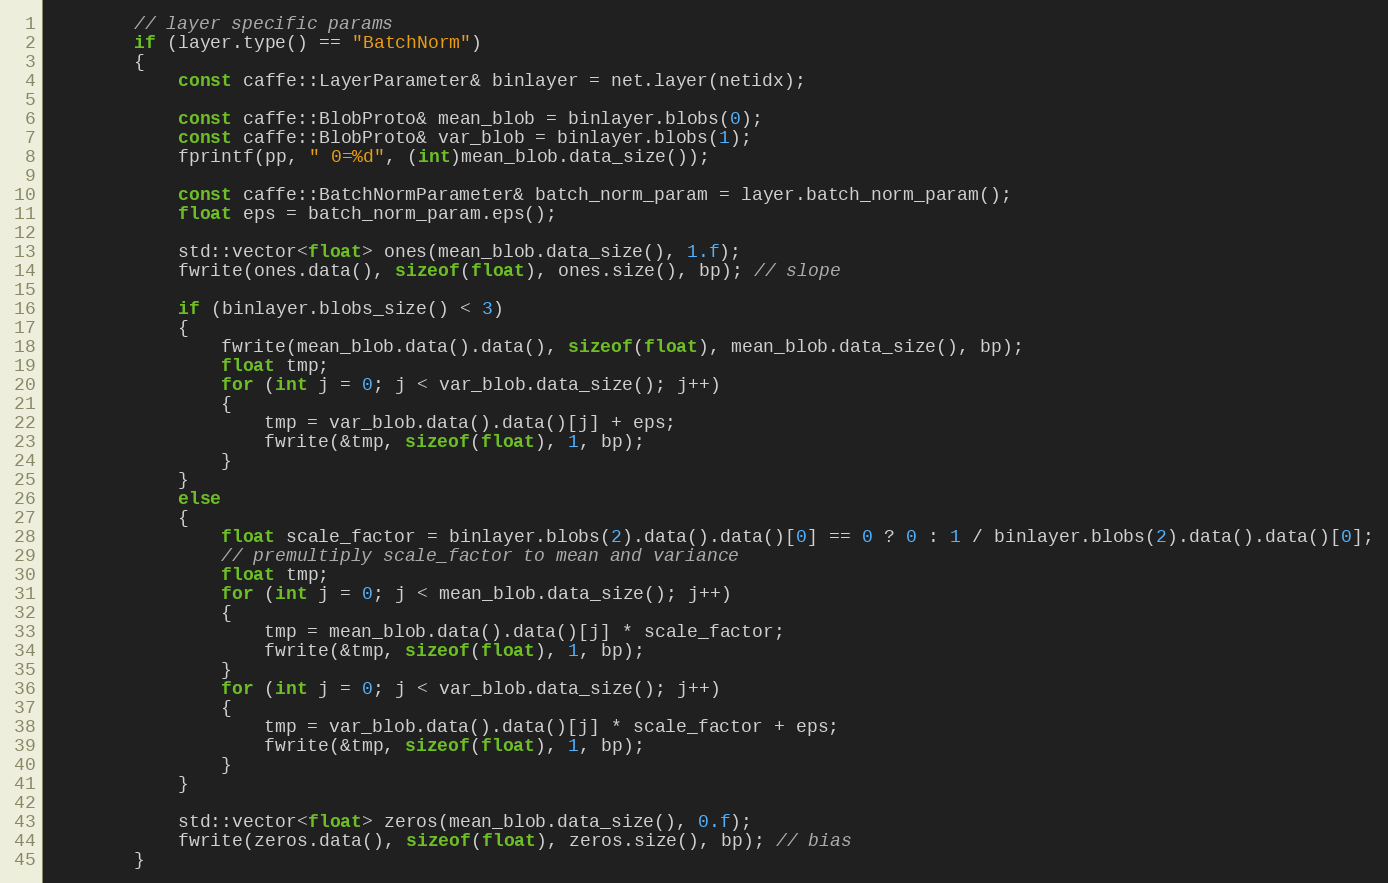
Language: C++
        // layer specific params
        if (layer.type() == "BatchNorm")
        {
            const caffe::LayerParameter& binlayer = net.layer(netidx);

            const caffe::BlobProto& mean_blob = binlayer.blobs(0);
            const caffe::BlobProto& var_blob = binlayer.blobs(1);
            fprintf(pp, " 0=%d", (int)mean_blob.data_size());

            const caffe::BatchNormParameter& batch_norm_param = layer.batch_norm_param();
            float eps = batch_norm_param.eps();

            std::vector<float> ones(mean_blob.data_size(), 1.f);
            fwrite(ones.data(), sizeof(float), ones.size(), bp); // slope

            if (binlayer.blobs_size() < 3)
            {
                fwrite(mean_blob.data().data(), sizeof(float), mean_blob.data_size(), bp);
                float tmp;
                for (int j = 0; j < var_blob.data_size(); j++)
                {
                    tmp = var_blob.data().data()[j] + eps;
                    fwrite(&tmp, sizeof(float), 1, bp);
                }
            }
            else
            {
                float scale_factor = binlayer.blobs(2).data().data()[0] == 0 ? 0 : 1 / binlayer.blobs(2).data().data()[0];
                // premultiply scale_factor to mean and variance
                float tmp;
                for (int j = 0; j < mean_blob.data_size(); j++)
                {
                    tmp = mean_blob.data().data()[j] * scale_factor;
                    fwrite(&tmp, sizeof(float), 1, bp);
                }
                for (int j = 0; j < var_blob.data_size(); j++)
                {
                    tmp = var_blob.data().data()[j] * scale_factor + eps;
                    fwrite(&tmp, sizeof(float), 1, bp);
                }
            }

            std::vector<float> zeros(mean_blob.data_size(), 0.f);
            fwrite(zeros.data(), sizeof(float), zeros.size(), bp); // bias
        }